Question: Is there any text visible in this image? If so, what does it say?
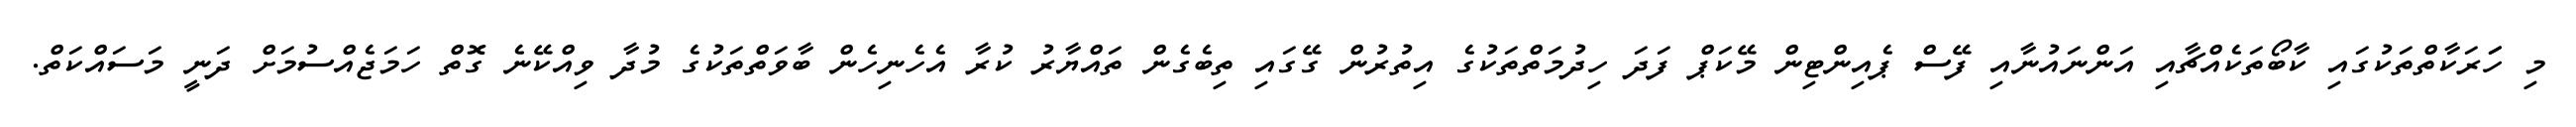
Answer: މި ހަަރަކާތްތަކުގައި ކާބޯތަކެއްޗާއި އަންނައުނާއި ފޭސް ޕެއިންޓިން މޭކަޕް ފަދަ ހިދުމަތްތަކުގެ އިތުރުން ގޭގައި ތިބެގެން ތައްޔާރު ކުރާ އެހެނިހެން ބާވަތްތަކުގެ މުދާ ވިއްކޭނެ ގޮތް ހަމަޖެއްސުމަށް ދަނީ މަސައްކަތް.